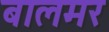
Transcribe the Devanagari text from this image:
बालमर